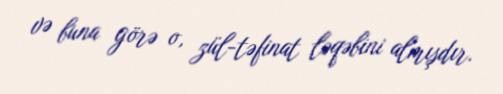
və buna görə o, zül-təfinat ləqəbini almışdır.